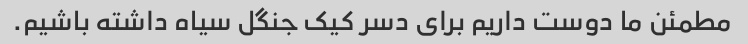
مطمئن ما دوست داریم برای دسر کیک جنگل سیاه داشته باشیم.